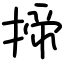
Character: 揥